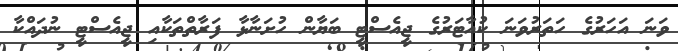
ވަނަ އަހަރުގެ ހަތަރުވަނަ ކުއާޓަރުގެ ޖީއެސްޓީ ބަޔާން ހުށަނާޅާ ފަރާތްތަކާއި ޖީއެސްޓީ ނުދައްކާ